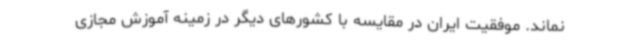
نماند. موفقیت ایران در مقایسه با کشورهای دیگر در زمینه آموزش مجازی